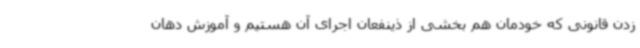
زدن قانونی که خودمان هم بخشی از ذینفعان اجرای آن هستیم و آموزش دهان